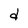
Character: d